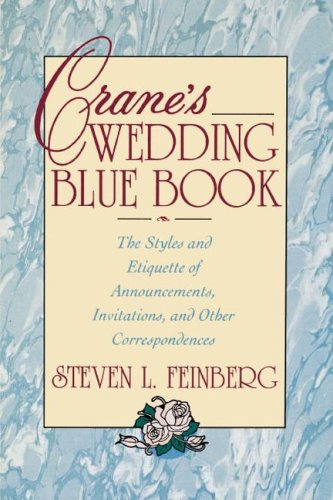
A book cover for Crane's Wedding Blue Book: The Styles and Etiquette of Announcements, Invitations and Other Correspondences; Steven Feinberg; Crafts, Hobbies & Home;